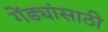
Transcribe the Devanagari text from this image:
गेंड्यांसाठी